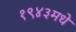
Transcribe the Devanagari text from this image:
१९४३मधे